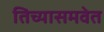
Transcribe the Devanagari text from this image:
तिच्यासमवेत